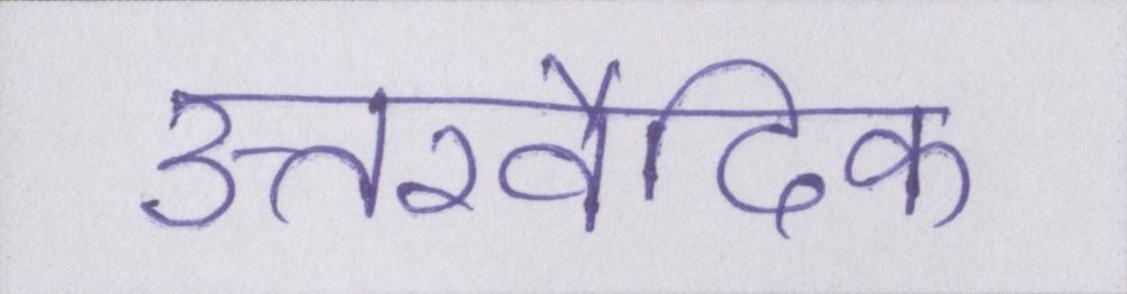
उत्तरवैदिक